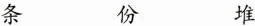
条 份 堆